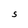
Character: S